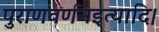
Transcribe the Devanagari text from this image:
पुराणवर्णनइत्यादि।